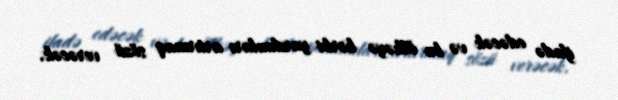
ifadə edəcək və bu ölkəyə hərbi yardımları artırmaq sözü verəcək.